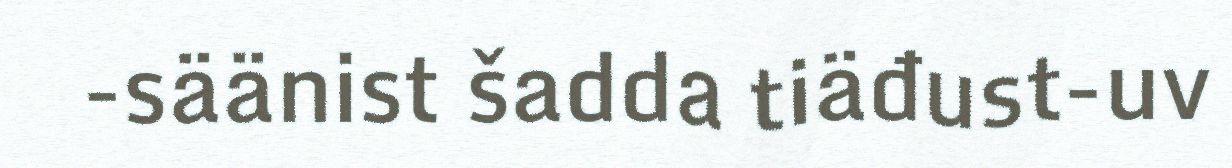
-säänist šadda tiäđust-uv